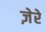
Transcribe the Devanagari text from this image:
ज़ेरे